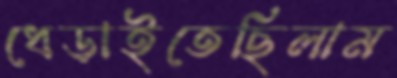
ধেড়াইতেছিলাম